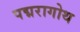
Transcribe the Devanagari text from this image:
पद्मरागोथ